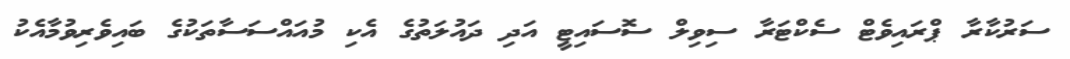
ސަރުކާރާ ޕްރައިވެޓް ސެކްޓަރާ ސިވިލް ސޮސައިޓީ އަދި ދައުލަތުގެ އެކި މުއައްސަސާތަކުގެ ބައިވެރިވުމާއެކު